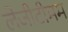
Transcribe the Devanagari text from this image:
लेजीटीमम